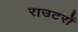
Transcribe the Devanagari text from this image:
राउटरों